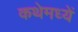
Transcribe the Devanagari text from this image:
कथेमध्यें